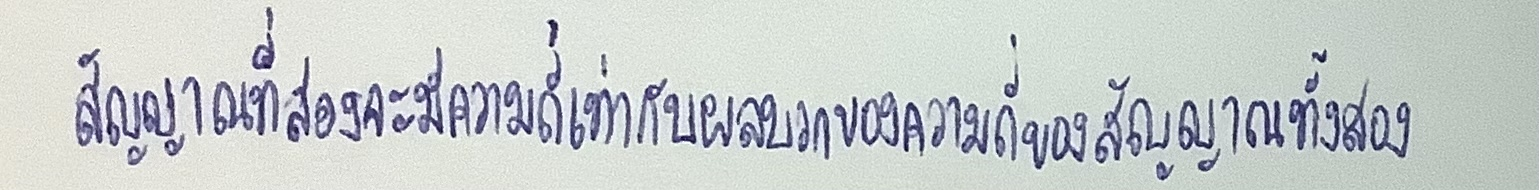
สัญญาณที่สองจะมีความถี่เท่ากับผลบวกของความถี่ของสัญญาณทั้งสอง